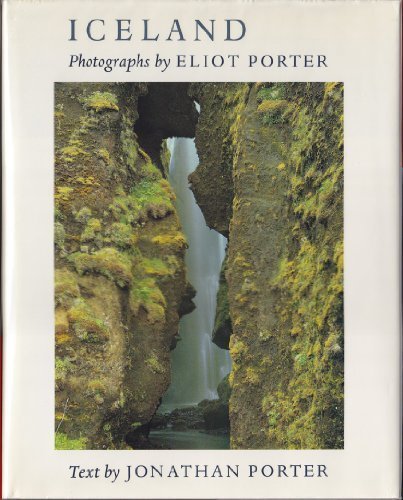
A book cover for Iceland; Jonathan Porter; Travel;